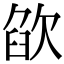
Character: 欿